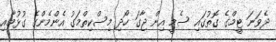
ދެވަނަ ޓީމްގެ ގޮތުގައި ސެމީ އިން ޖާގަ ހޯދި މިސްކިތްމަގު އެންމެންގެ ގުޅުމާއި